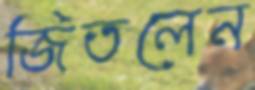
জিতলেন